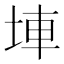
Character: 𡌄